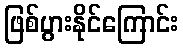
ဖြစ်ပွားနိုင်ကြောင်း